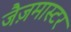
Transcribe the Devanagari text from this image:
जैज़मास्टर